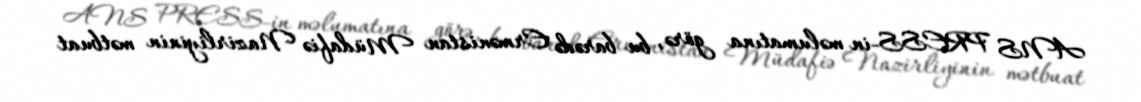
ANS PRESS-in məlumatına görə, bu barədə Ermənistan Müdafiə Nazirliyinin mətbuat